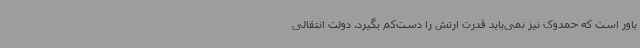
باور است که حمدوک نیز نمی‌باید قدرت ارتش را دست‌کم بگیرد. دولت انتقالی